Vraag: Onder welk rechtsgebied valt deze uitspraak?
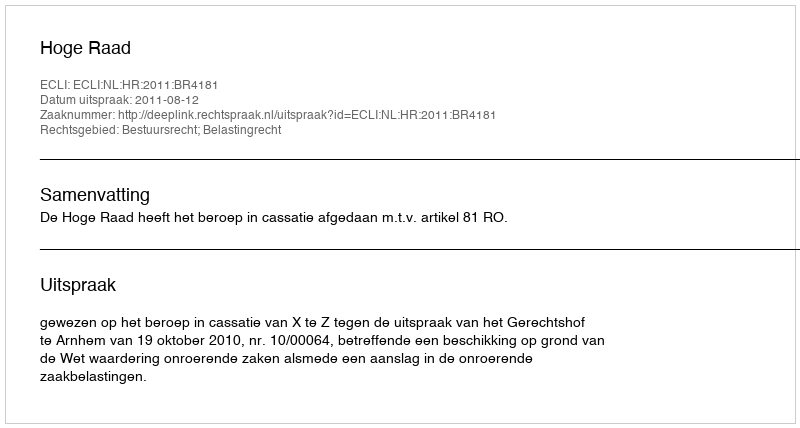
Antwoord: Bestuursrecht; Belastingrecht